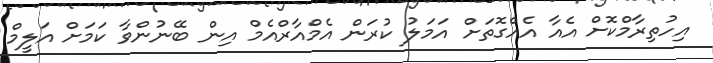
އިހުތިރާމްކޮށް އެއާ އެއްގޮތަށް އަމަލު ކުރަން އެމްއާރްއެމް އިން ބޭނުންވާ ކަމަށް އަލީމް